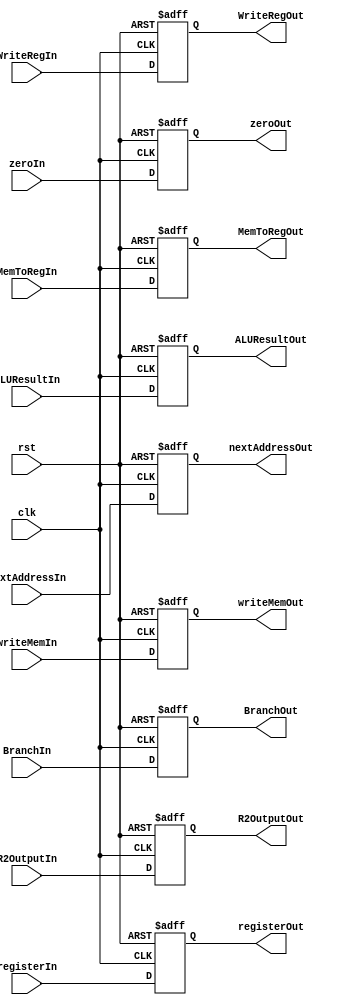
`timescale 1ns / 1ps
//////////////////////////////////////////////////////////////////////////////////
// Company: 
// Engineer: 
// 
// Design Name: 
// Module Name:    EXE_MEM 
// Project Name: 
// Target Devices: 
// Tool versions: 
// Description: 
//
// Dependencies: 
//
// Revision: 
// Revision 0.01 - File Created
// Additional Comments: 
//
//////////////////////////////////////////////////////////////////////////////////
module EXE_MEM(clk, rst,
					WriteRegIn, WriteRegOut, 
					MemToRegIn, MemToRegOut,
					writeMemIn, writeMemOut,
					BranchIn, BranchOut,
					nextAddressIn, nextAddressOut,
					zeroIn, zeroOut,
					ALUResultIn, ALUResultOut,
					R2OutputIn, R2OutputOut,
					registerIn, registerOut
					);
	input wire clk;						input wire rst;			
	input wire WriteRegIn;				output reg WriteRegOut;
	input wire MemToRegIn;				output reg MemToRegOut;
	input wire writeMemIn;				output reg writeMemOut;
	input wire BranchIn;					output reg BranchOut;
	input wire[31:0] nextAddressIn;	output reg[31:0] nextAddressOut;
	input wire zeroIn;					output reg zeroOut;
	input wire[31:0] ALUResultIn;		output reg[31:0] ALUResultOut;
	input wire[31:0] R2OutputIn;		output reg[31:0] R2OutputOut;
	input wire[4:0] registerIn;		output reg[4:0] registerOut;
initial begin
	WriteRegOut = 0;
	MemToRegOut = 0;
	writeMemOut = 0;
	BranchOut = 0;
	nextAddressOut = 0;
	zeroOut = 0;
	ALUResultOut = 0;
	R2OutputOut = 0;
	registerOut = 0;
end	
	always @ (posedge clk or posedge rst) begin
		if(rst) begin
			WriteRegOut = 0;
			MemToRegOut = 0;
			writeMemOut = 0;
			BranchOut = 0;
			nextAddressOut = 0;
			zeroOut = 0;
			ALUResultOut = 0;
			R2OutputOut = 0;
			registerOut = 0;
		end
		else begin
			WriteRegOut = WriteRegIn;
			MemToRegOut = MemToRegIn;
			writeMemOut = writeMemIn;
			BranchOut   = BranchIn;
			nextAddressOut = nextAddressIn;
			zeroOut 		= zeroIn;
			ALUResultOut = ALUResultIn;
		   R2OutputOut = R2OutputIn;
			registerOut = registerIn;
		end
	end
endmodule